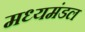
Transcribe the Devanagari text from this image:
मध्यमंडल